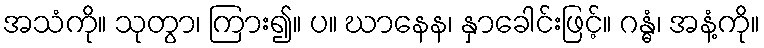
အသံကို။ သုတွာ၊ ကြား၍။ ပ။ ဃာနေန၊ နှာခေါင်းဖြင့်။ ဂန္ဓံ၊ အနံ့ကို။